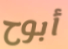
أبوح